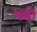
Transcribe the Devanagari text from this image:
पढो